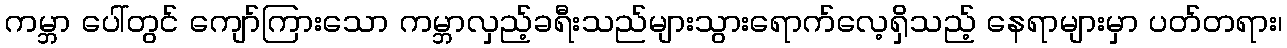
ကမ္ဘာ ပေါ်တွင် ကျော်ကြားသော ကမ္ဘာလှည့်ခရီးသည်များသွားရောက်လေ့ရှိသည့် နေရာများမှာ ပတ်တရား၊